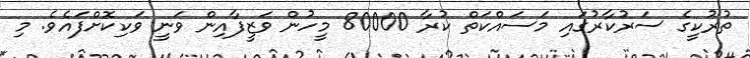
ތުރުކީގެ ސަރުކާރުގައި މަސައްކަތް ކުރާ 80000 މީހުން ވަޒީފާއިން ވަނީ ވަކިކޮށްފައެވެ. މި